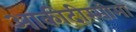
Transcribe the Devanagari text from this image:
आकीदीस्सीमा